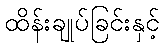
ထိန်းချုပ်ခြင်းနှင့်